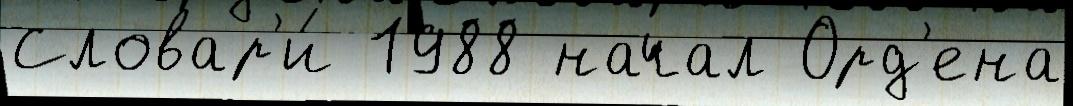
Словар'и́ 1988 начал Орд'ена